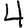
Digit: 4